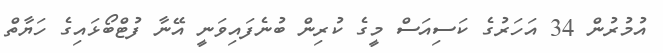
އުމުރުން 34 އަހަރުގެ ކަސިއަސް މީގެ ކުރިން ބުނެފައިވަނީ އޭނާ ފުޓްބޯޅައިގެ ހަޔާތް